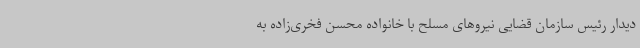
دیدار رئیس سازمان قضایی نیروهای مسلح با خانواده محسن فخری‌زاده به